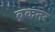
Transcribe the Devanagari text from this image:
ब्रकनर